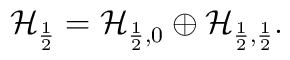
\mathcal{H}_{\frac{1}{2}} =   \mathcal{H}_{\frac{1}{2},0} \oplus  \mathcal{H}_{\frac{1}{2},\frac{1}{2}}.